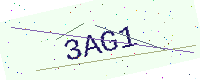
Text: 3AG1